Scottish Leaving Certificate Examination, 1960
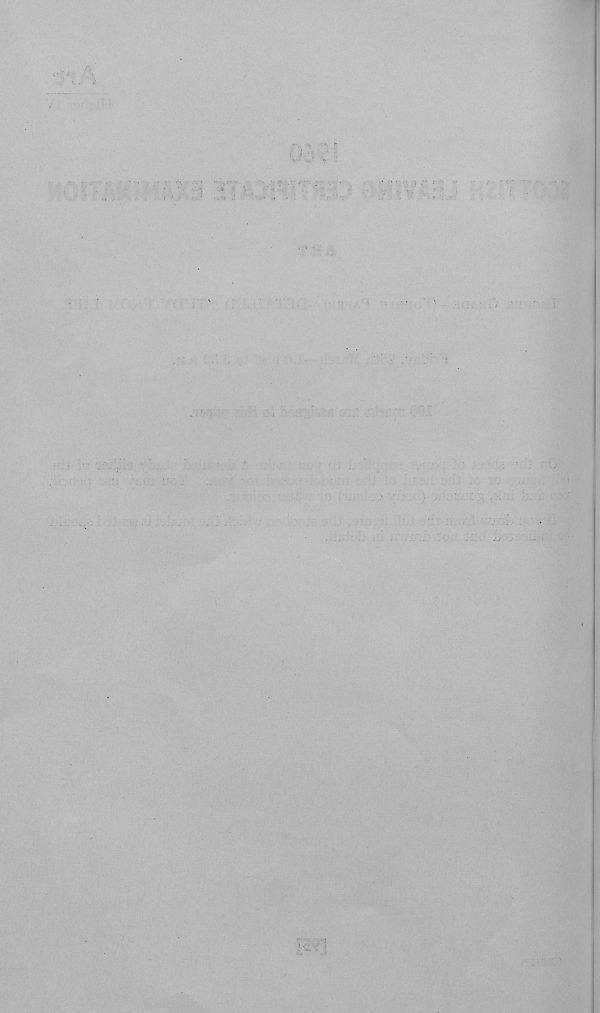
■ . • . V* V
. .
i
-i . .:• ,
“r
I